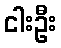
ငါးဦး